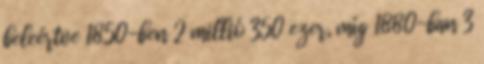
beleértve 1850-ben 2 millió 350 ezer, míg 1880-ban 3